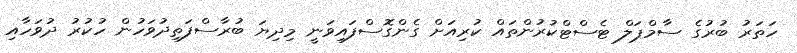
ހަތަރު ބުރުގެ ސާމްޕަލް ޓެސްޓްކުރުންތައް ކުރިއަށް ގެންގޮސްފައިވަނީ މިދިޔަ ބުރާސްފަތިދުވަހުން ހުކުރު ދުވަހާއި